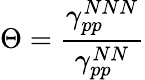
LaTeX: \Theta=\frac{\gamma_{pp}^{NNN}}{\gamma_{pp}^{NN}}